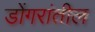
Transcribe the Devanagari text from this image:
डोंगरांतील